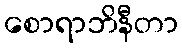
စောရာဘိနီတာ